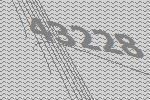
43228